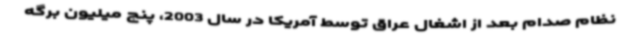
نظام صدام بعد از اشغال عراق توسط آمریکا در سال 2003، پنج میلیون برگه